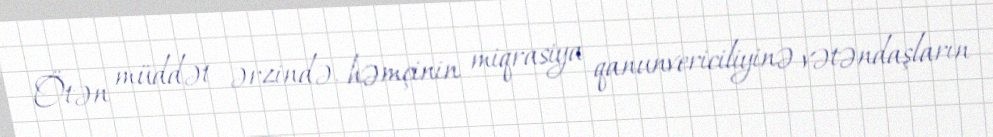
Ötən müddət ərzində, həmçinin miqrasiya qanunvericiliyinə vətəndaşların